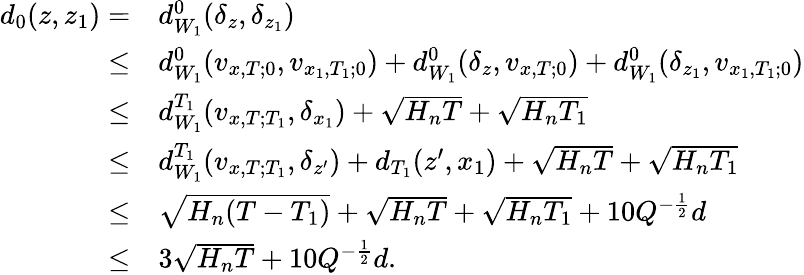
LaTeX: \begin{array}{rl}{d_{0}(z,z_{1})=}&{d_{W_{1}}^{0}(\delta_{z},\delta_{z_{1}})}\\ {\le}&{d_{W_{1}}^{0}(v_{x,T;0},v_{x_{1},T_{1};0})+d_{W_{1}}^{0}(\delta_{z},v_{x,T;0})+d_{W_{1}}^{0}(\delta_{z_{1}},v_{x_{1},T_{1};0})}\\ {\le}&{d_{W_{1}}^{T_{1}}(v_{x,T;T_{1}},\delta_{x_{1}})+\sqrt{H_{n}T}+\sqrt{H_{n}T_{1}}}\\ {\le}&{d_{W_{1}}^{T_{1}}(v_{x,T;T_{1}},\delta_{z^{\prime}})+d_{T_{1}}(z^{\prime},x_{1})+\sqrt{H_{n}T}+\sqrt{H_{n}T_{1}}}\\ {\le}&{\sqrt{H_{n}(T-T_{1})}+\sqrt{H_{n}T}+\sqrt{H_{n}T_{1}}+10Q^{-\frac 12}d}\\ {\le}&{3\sqrt{H_{n}T}+10Q^{-\frac 12}d.}\end{array}